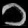
Digit: ၁